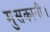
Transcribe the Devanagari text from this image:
मुसकानी।